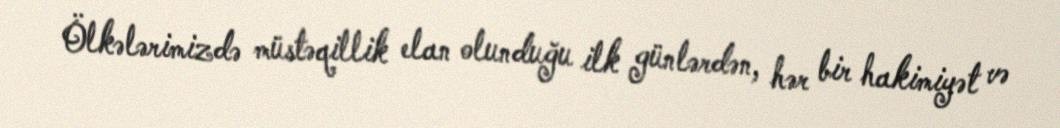
Ölkələrimizdə müstəqillik elan olunduğu ilk günlərdən, hər bir hakimiyət və